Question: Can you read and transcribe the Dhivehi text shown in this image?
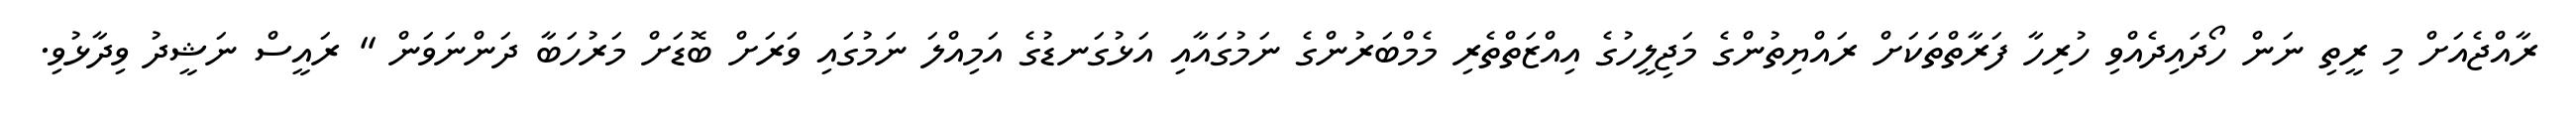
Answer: ރާއްޖެއަށް މި ރީތި ނަން ހޯދައިދެއްވި ހުރިހާ ފަރާތްތަކަށް ރައްޔިތުންގެ މަޖިލީހުގެ އިއްޒަތްތެރި މެމްބަރުންގެ ނަމުގައާއި އަޅުގަނޑުގެ އަމިއްލަ ނަމުގައި ވަރަށް ބޮޑަށް މަރުހަބާ ދަންނަވަން " ރައީސް ނަޝީދު ވިދާޅުވި.